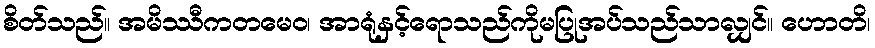
စိတ်သည်။ အမိဿီကတမေဝ၊ အာရုံနှင့်ရောသည်ကိုမပြုအပ်သည်သာလျှင်။ ဟောတိ၊